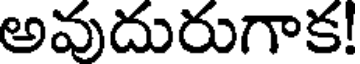
అవుదురుగాక!